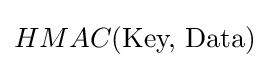
HMAC({\text{Key, Data}})